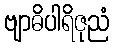
ဗျာဓိပါရိဇုညံ